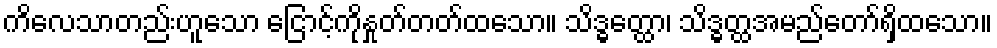
ကိလေသာတည်းဟူသော ငြောင့်ကိုနှုတ်တတ်ထသော။ သိဒ္ဓတ္ထော၊ သိဒ္ဓတ္ထအမည်တော်ရှိထသော။